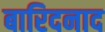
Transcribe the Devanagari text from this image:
बारिदनाद